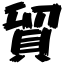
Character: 貿